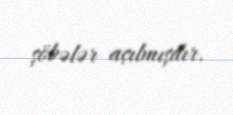
şöbələr açılmışdır.